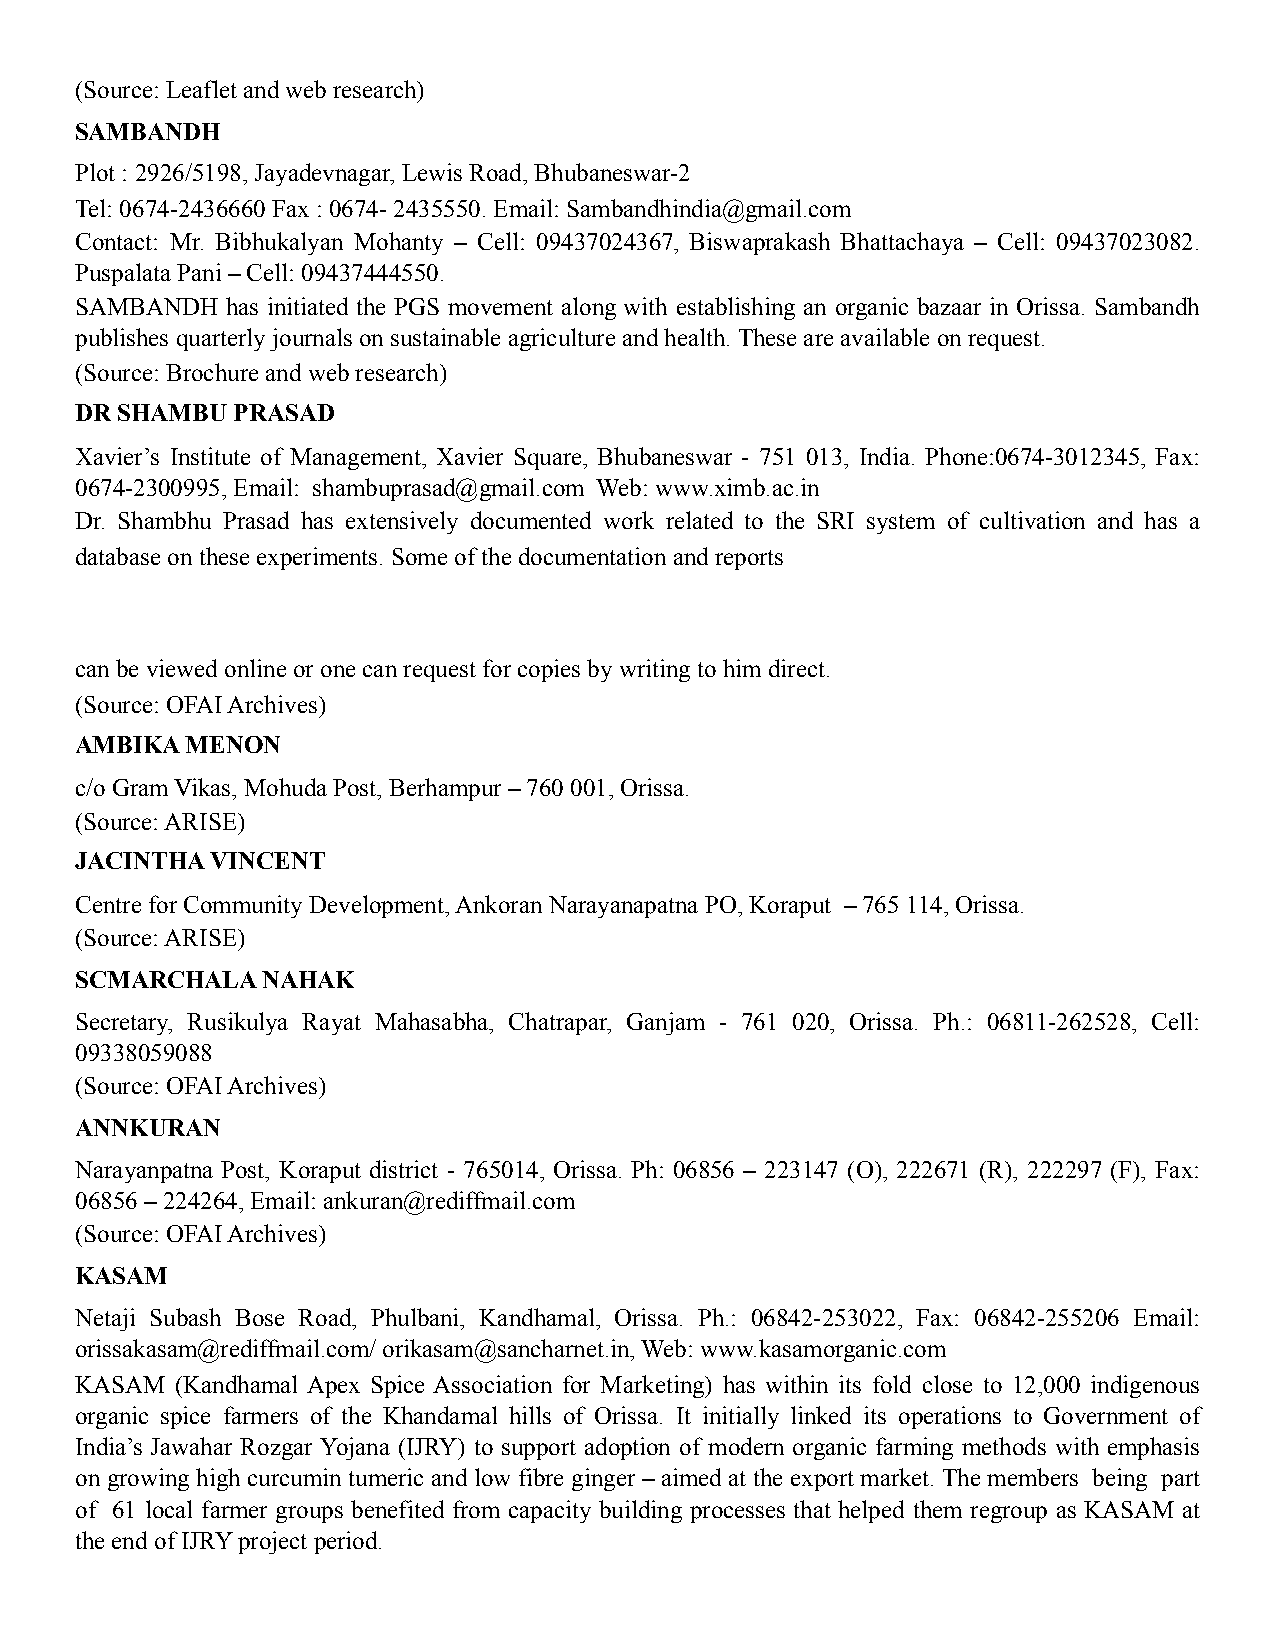
(Source: Leaflet and web research)
 SAMBANDH
 Plot : 2926/5198, Jayadevnagar, Lewis Road, Bhubaneswar-2
 Tel: 0674-2436660 Fax : 0674- 2435550. Email: Sambandhindia@gmail.com
 Contact: Mr. Bibhukalyan Mohanty – Cell: 09437024367, Biswaprakash Bhattachaya – Cell: 09437023082.
 Puspalata Pani – Cell: 09437444550.
 SAMBANDH  has initiated the PGS movement along with establishing an organic bazaar in Orissa. Sambandh
 publishes quarterly journals on sustainable agriculture and health. These are available on request.
 (Source: Brochure and web research)
 DR SHAMBU PRASAD
 Xavier’s Institute of Management, Xavier Square, Bhubaneswar - 751 013, India. Phone:0674-3012345, Fax:
 0674-2300995, Email: shambuprasad@gmail.com Web: www.ximb.ac.in
 Dr. Shambhu Prasad has extensively documented work related to the SRI system of cultivation and has a
 database on these experiments. Some of the documentation and reports
 can be viewed online or one can request for copies by writing to him direct.
 (Source: OFAI Archives)
 AMBIKA MENON
 c/o Gram Vikas, Mohuda Post, Berhampur – 760 001, Orissa.
 (Source: ARISE)
 JACINTHA VINCENT
 Centre for Community Development, Ankoran Narayanapatna PO, Koraput – 765 114, Orissa.
 (Source: ARISE)
 SCMARCHALA  NAHAK
 Secretary, Rusikulya Rayat Mahasabha, Chatrapar, Ganjam - 761 020, Orissa. Ph.: 06811-262528, Cell:
 09338059088
 (Source: OFAI Archives)
 ANNKURAN
 Narayanpatna Post, Koraput district - 765014, Orissa. Ph: 06856 – 223147 (O), 222671 (R), 222297 (F), Fax:
 06856 – 224264, Email: ankuran@rediffmail.com
 (Source: OFAI Archives)
 KASAM
 Netaji Subash Bose Road, Phulbani, Kandhamal, Orissa. Ph.: 06842-253022, Fax: 06842-255206 Email:
 orissakasam@rediffmail.com/ orikasam@sancharnet.in, Web: www.kasamorganic.com
 KASAM  (Kandhamal Apex Spice Association for Marketing) has within its fold close to 12,000 indigenous
 organic spice farmers of the Khandamal hills of Orissa. It initially linked its operations to Government of
 India’s Jawahar Rozgar Yojana (IJRY) to support adoption of modern organic farming methods with emphasis
 on growing high curcumin tumeric and low fibre ginger – aimed at the export market. The members being part
 of 61 local farmer groups benefited from capacity building processes that helped them regroup as KASAM at
 the end of IJRY project period.